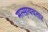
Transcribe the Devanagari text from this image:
मत्सायवतार